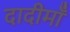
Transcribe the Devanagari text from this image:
दादीमाँ